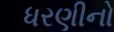
ધરણીનો